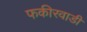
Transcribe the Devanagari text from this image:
फकीरवाडी